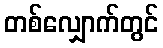
တစ်လျှောက်တွင်